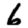
Digit: 6